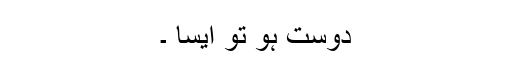
دوست ہو تو ایسا ۔